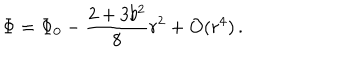
\Phi = \Phi _ { 0 } - \frac { 2 + 3 b ^ { 2 } } { 8 } r ^ { 2 } + { \cal O } ( r ^ { 4 } ) \, .